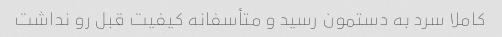
کاملا سرد به دستمون رسید و متأسفانه کیفیت قبل رو نداشت